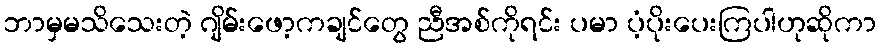
ဘာမှမသိသေးတဲ့ ဂျိမ်းဖော့ကချင်တွေ ညီအစ်ကိုရင်း ပမာ ပံ့ပိုးပေးကြပါဟုဆိုကာ